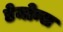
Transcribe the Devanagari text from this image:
डेमोन्स